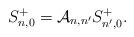
LaTeX: \begin{align*}S^+_{n,0}={\cal A}_{n,n'}S^+_{n',0}.\end{align*}